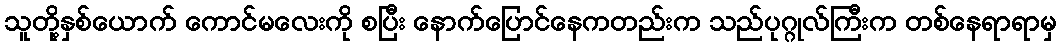
သူတို့နှစ်ယောက် ကောင်မလေးကို စပြီး နောက်ပြောင်နေကတည်းက သည်ပုဂ္ဂုလ်ကြီးက တစ်နေရာရာမှ